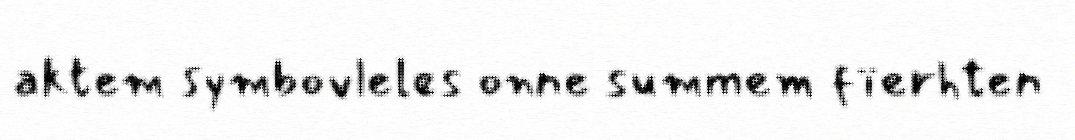
aktem symbovleles onne summem fïerhten